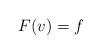
LaTeX: \begin{align*}F(v) = f\end{align*}